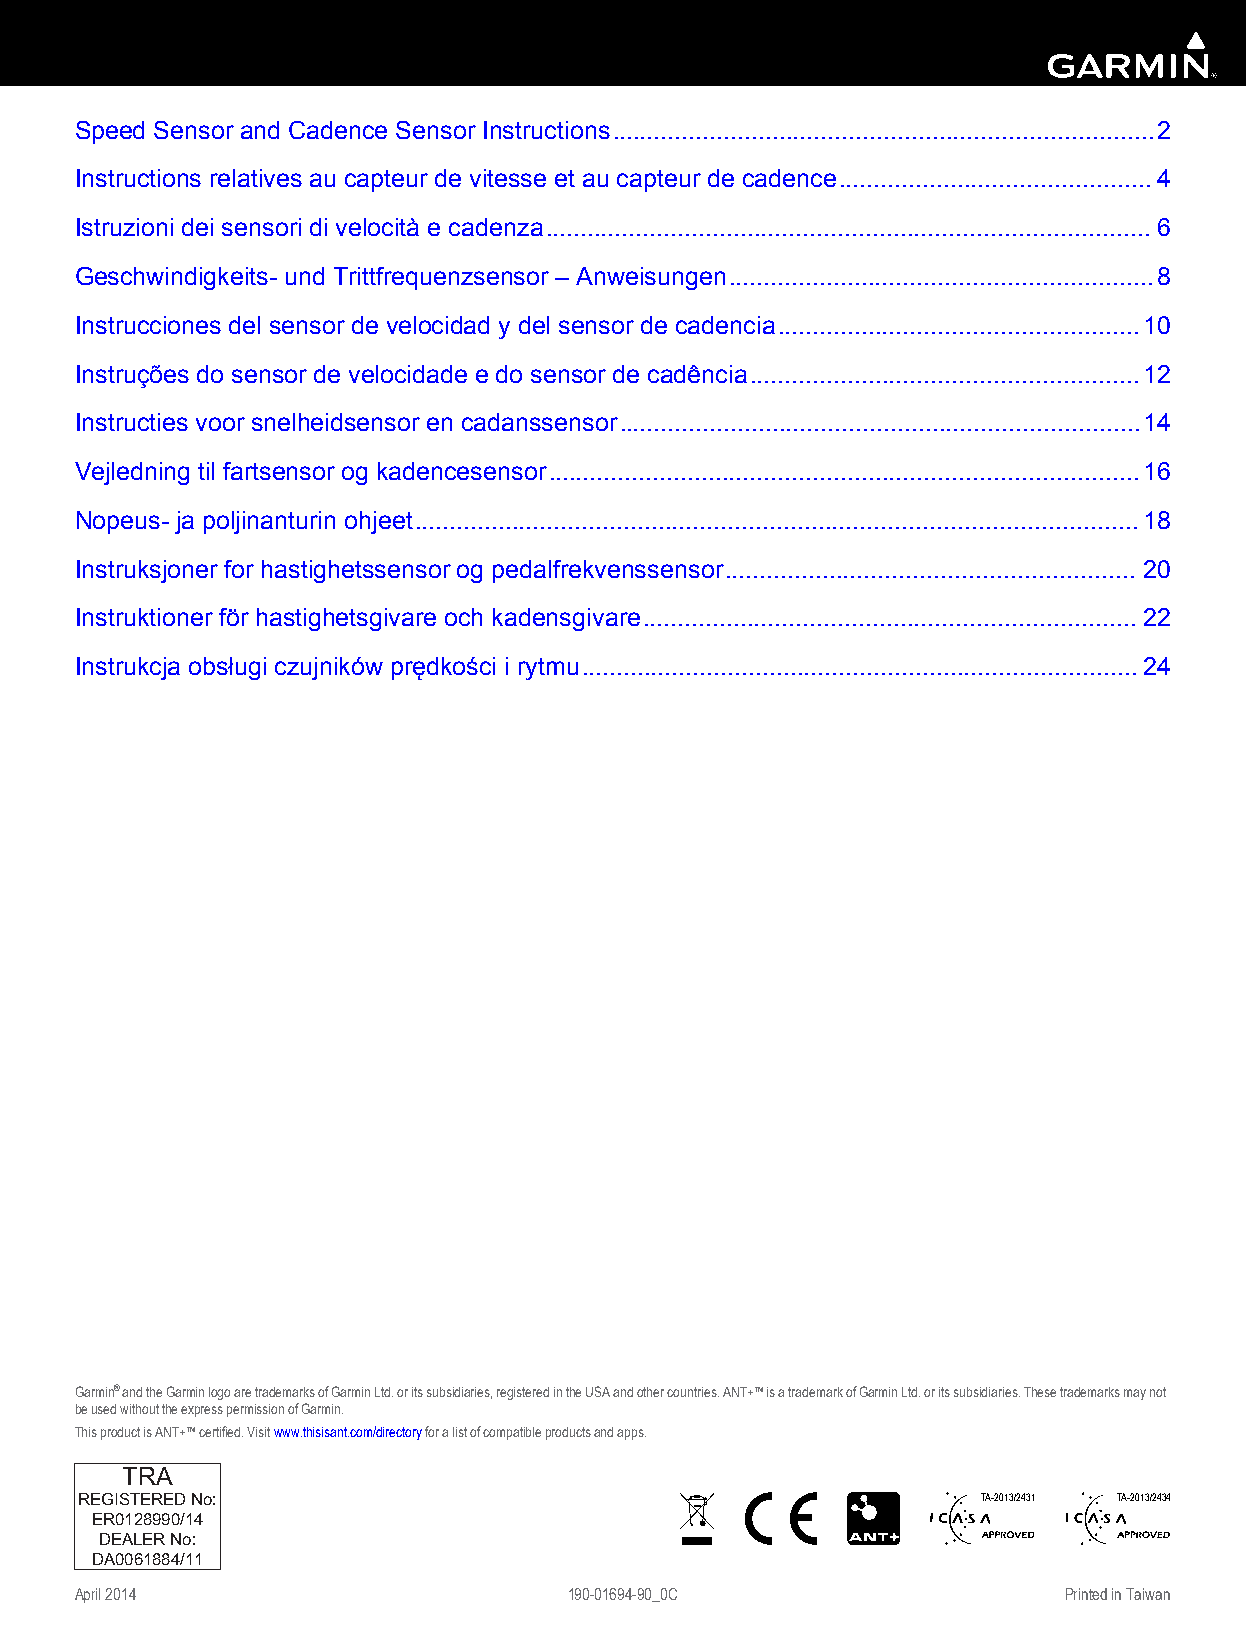
Speed Sensor and Cadence Sensor Instructions..............................................................................2
 Instructions relatives au capteur de vitesse et au capteur de cadence.............................................4
 Istruzioni dei sensori di velocità e cadenza.......................................................................................6
 Geschwindigkeits- und Trittfrequenzsensor – Anweisungen.............................................................8
 Instrucciones del sensor de velocidad y del sensor de cadencia....................................................10
 Instruções do sensor de velocidade e do sensor de cadência........................................................12
 Instructies voor snelheidsensor en cadanssensor...........................................................................14
 Vejledning til fartsensor og kadencesensor.....................................................................................16
 Nopeus- ja poljinanturin ohjeet........................................................................................................18
 Instruksjoner for hastighetssensor og pedalfrekvenssensor........................................................... 20
 Instruktioner för hastighetsgivare och kadensgivare.......................................................................22
 Instrukcja obsługi czujników prędkości i rytmu................................................................................24
 Garmin® and the Garmin logo are trademarks of Garmin Ltd. or its subsidiaries, registered in the USA and other countries. ANT+™ is a trademark of Garmin Ltd. or its subsidiaries. These trademarks may not
 be used without the express permission of Garmin.
 This product is ANT+™ certified. Visit www.thisisant.com/directory for a list of compatible products and apps.
 TRA
 REGISTERED No:                                              TA-2013/2431 TA-2013/2434
 ER0128990/14
 DEALER No:
 DA0061884/11
 April 2014                       190-01694-90_0C                 Printed in Taiwan